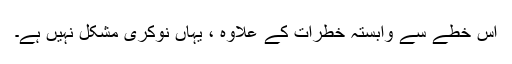
اس خطے سے وابستہ خطرات کے علاوہ ، یہاں نوکری مشکل نہیں ہے۔